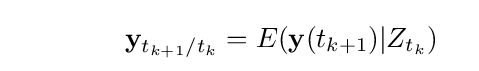
\qquad \qquad \mathbf {y} _{t_{k+1}/t_{k}}=E(\mathbf {y} (t_{k+1})|Z_{t_{k}})\quad